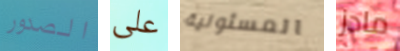
الصدور على المسئولية مادز